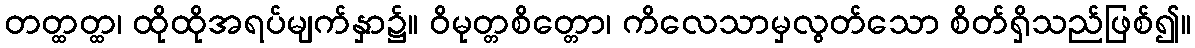
တတ္ထတ္ထ၊ ထိုထိုအရပ်မျက်နှာ၌။ ဝိမုတ္တစိတ္တော၊ ကိလေသာမှလွတ်သော စိတ်ရှိသည်ဖြစ်၍။